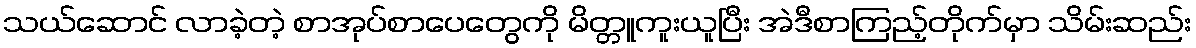
သယ်ဆောင် လာခဲ့တဲ့ စာအုပ်စာပေတွေကို မိတ္တူကူးယူပြီး အဲဒီစာကြည့်တိုက်မှာ သိမ်းဆည်း